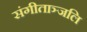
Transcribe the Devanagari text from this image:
संगीताञ्जलि